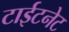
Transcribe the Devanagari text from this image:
टाईटनेट